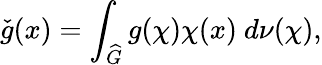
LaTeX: {\check{g}}(x)=\int_{\widehat{G}}g(\chi)\chi(x)\ d\nu(\chi),